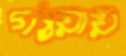
গ্যায়ায়